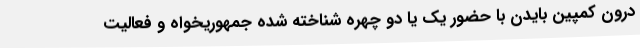
درون کمپین بایدن با حضور یک یا دو چهره شناخته شده جمهوریخواه و فعالیت